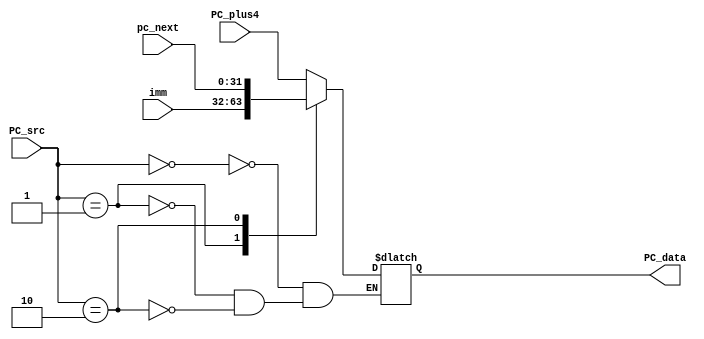
`timescale 1ns / 1ps
//////////////////////////////////////////////////////////////////////////////////
// Company: 
// Engineer: 
// 
// Design Name: 
// Module Name: pc_mux
// Project Name: 
// Target Devices: 
// Tool Versions: 
// Description: 
// 
// Dependencies: 
// 
// Revision:
// Revision 0.01 - File Created
// Additional Comments:
// 
//////////////////////////////////////////////////////////////////////////////////


module pc_mux( input [1:0] PC_src,
               input [31:0] imm,
               input [31:0] PC_plus4,
               input [31:0] pc_next,
               output reg [31:0]  PC_data
              );
              always @ (*)
              begin
              case (PC_src)
              2'b00: PC_data=PC_plus4;
              2'b01:PC_data=imm;
              2'b10: PC_data= pc_next;
              endcase
              end

              
   
endmodule